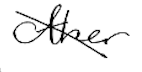
Text: other
Cross-out: diagonal
Writing tool: digital_black